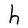
Character: h